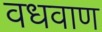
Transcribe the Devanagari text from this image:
वधवाण